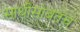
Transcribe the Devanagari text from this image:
साथीसोबतच